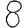
Digit: 8